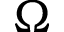
\Omega